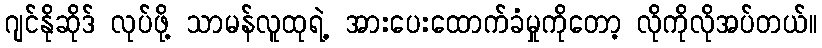
ဂျင်နိုဆိုဒ် လုပ်ဖို့ သာမန်လူထုရဲ့ အားပေးထောက်ခံမှုကိုတော့ လိုကိုလိုအပ်တယ်။